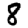
Digit: 8